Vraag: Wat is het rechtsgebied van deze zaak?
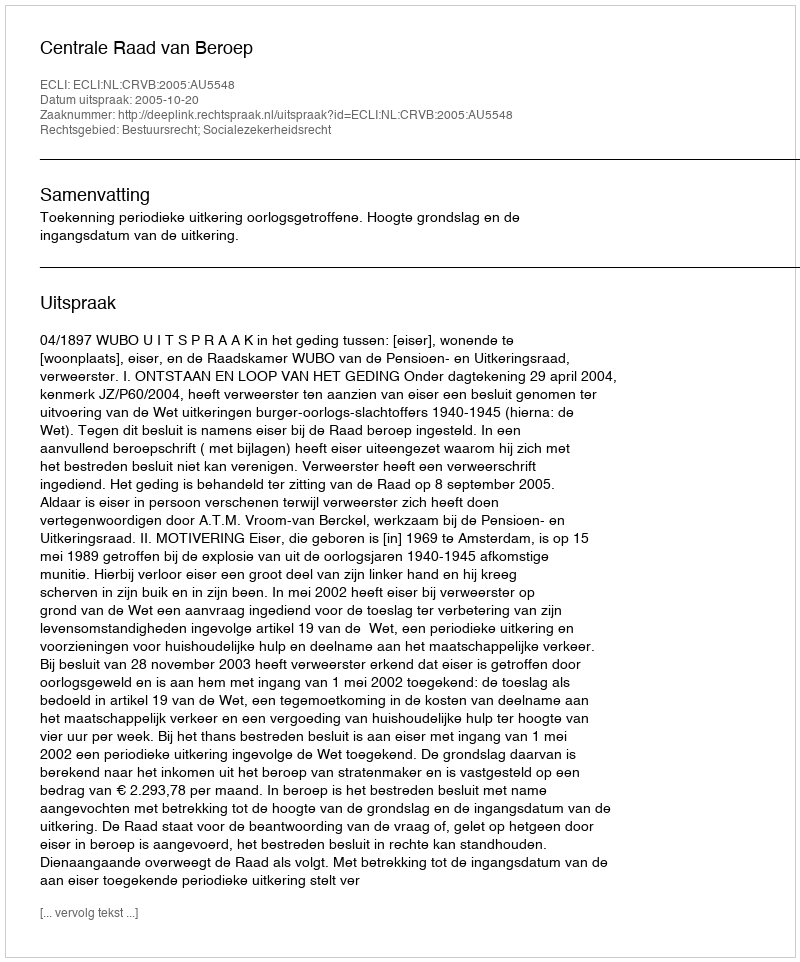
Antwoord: Bestuursrecht; Socialezekerheidsrecht